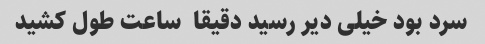
سرد بود خیلی دیر رسید دقیقا  ساعت طول کشید